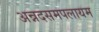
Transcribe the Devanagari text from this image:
अन्नदसमपलायम